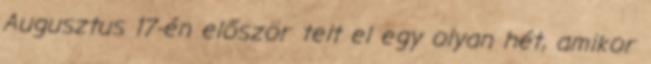
Augusztus 17-én először telt el egy olyan hét, amikor